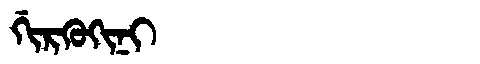
Manchu: ᡤᡳᡵᡴᡠᡴᡳᠨᡳ
Romanization: GIRKUKINI